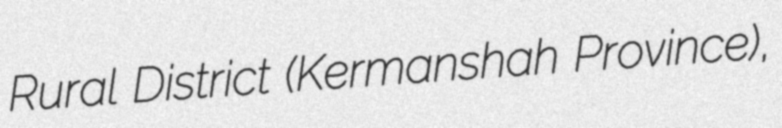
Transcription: Rural District (Kermanshah Province),